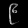
Digit: ၉